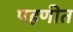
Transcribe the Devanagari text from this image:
पहणीत